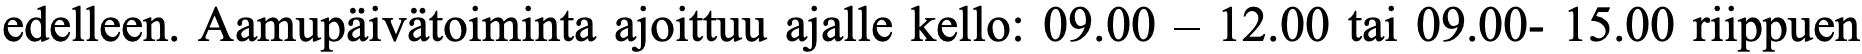
edelleen. Aamupäivätoiminta ajoittuu ajalle kello: 09.00 – 12.00 tai 09.00- 15.00 riippuen